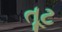
તૂટ